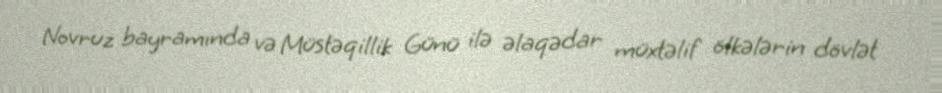
Novruz bayramında və Müstəqillik Günü ilə əlaqədar müxtəlif ölkələrin dövlət